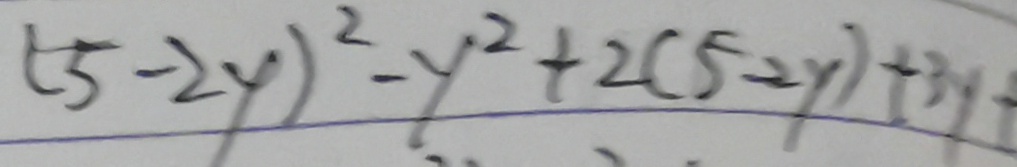
( 5 - 2 y ) ^ { 2 } - y ^ { 2 } + 2 ( 5 - 2 y ) + 3 y +